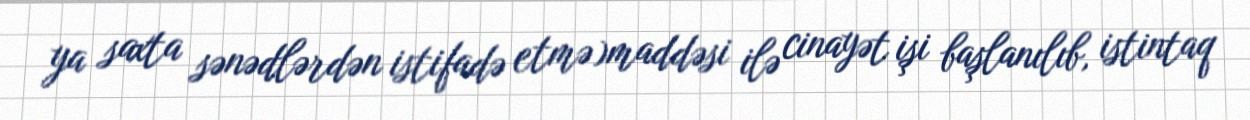
ya saxta sənədlərdən istifadə etmə)maddəsi ilə cinayət işi başlanılıb, istintaq